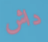
داش